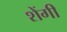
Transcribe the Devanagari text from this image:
शेंगी